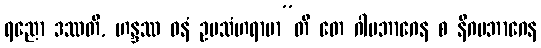
ရညော ဒဿတိ, ဟန္ဒဿ ဓနံ ဥပသံဟရာမာ”တိ တေ ဂါမဘာဂေန စ နိဂမဘာဂေန